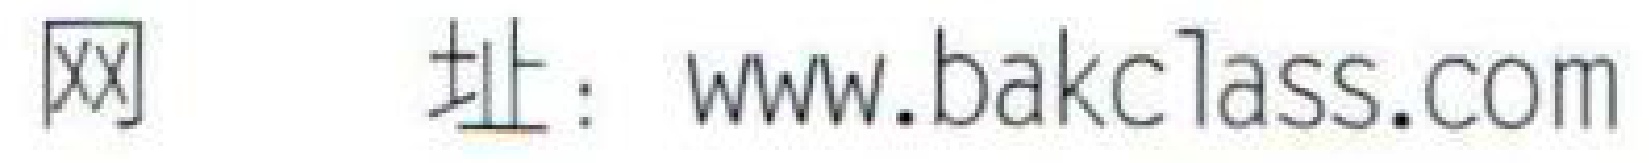
网 址：\(www.bakclass.com\)